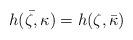
LaTeX: \begin{align*}\bar{h(\zeta,\kappa)}=h(\zeta,\bar{\kappa})\end{align*}